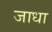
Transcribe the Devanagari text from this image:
जाधा